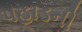
પહાડની